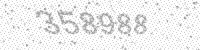
Solution: 358988